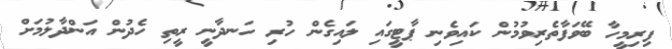
ފިރިމީހާ ބޭވަފާތެރިވުމުން ކައިވެނި ޕާޓީގައި ލައިގެން ހުރި ހަނދާނީ ރީތި ހެދުން އަންދާލުމަށް